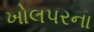
ખોલપરના